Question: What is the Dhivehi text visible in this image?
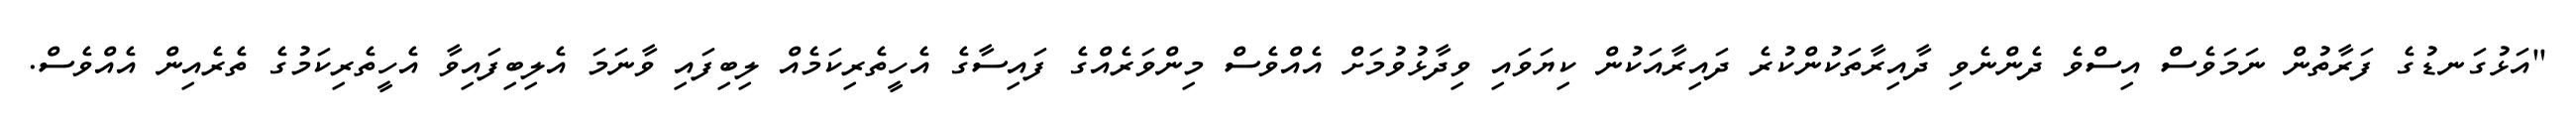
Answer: "އަޅުގަނޑުގެ ފަރާތުން ނަމަވެސް އިސްވެ ދެންނެވި ދާއިރާތަކުންކުރެ ދައިރާއަކުން ކިޔަވައި ވިދާޅުވުމަށް އެއްވެސް މިންވަރެއްގެ ފައިސާގެ އެހީތެރިކަމެއް ލިބިފައި ވާނަމަ އެލިބިފައިވާ އެހީތެރިކަމުގެ ތެރެއިން އެއްވެސް.